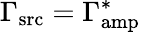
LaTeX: \Gamma_{\mathrm{src}}=\Gamma_{\mathrm{amp}}^{\ast}